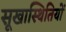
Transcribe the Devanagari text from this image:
सूखास्थितियों